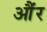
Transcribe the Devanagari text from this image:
औंर